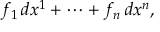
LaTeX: f _ { 1 } \, d x ^ { 1 } + \cdots + f _ { n } \, d x ^ { n } ,